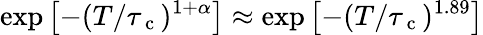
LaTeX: \exp\left[-(T/\tau_{\mathrm{~c~}})^{1+\alpha}\right]\approx\exp\left[-(T/\tau_{\mathrm{~c~}})^{1.89}\right]